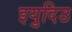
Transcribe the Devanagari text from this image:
इयुदिउ